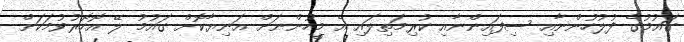
ގައުމުގެ ފުލުހުންނާއި ސިފައިންނާއި ކުރިމަތިލައި އެ މީހުންނަށް އަނިޔާކޮށް ގައުމު ލޭ އޮހޮރުވުމަކަށް